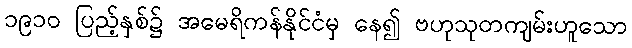
၁၉၁၀ ပြည့်နှစ်၌ အမေရိကန်နိုင်ငံမှ နေ၍ ဗဟုသုတကျမ်းဟူသော